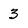
Character: 3